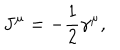
J ^ { \mu } = - \frac { 1 } { 2 } \gamma ^ { \mu } ,